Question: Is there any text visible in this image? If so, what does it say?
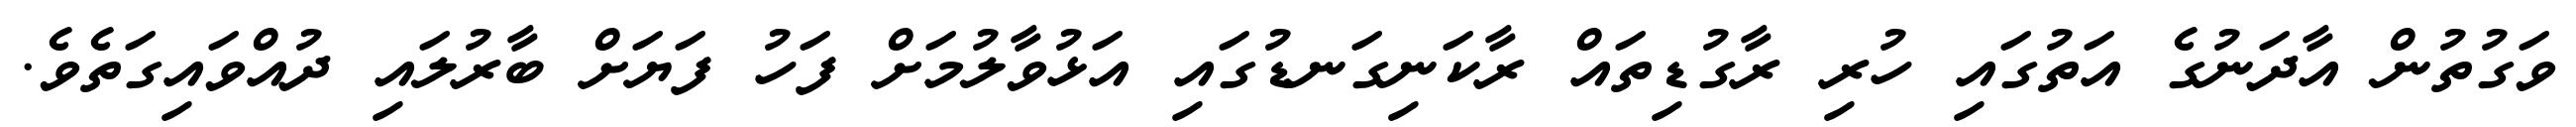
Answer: ވަގުތުން އާދަނުގެ އަތުގައި ހުރި ރާގުޑިތައް ރާކަނިގަނޑުގައި އަޅުވާލުމަށް ފަހު ފަޔަށް ބާރުލައި ދުއްވައިގަތެވެ.